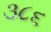
૩૮૬